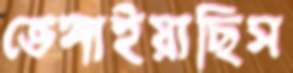
ভেঙ্গাইয়াছিস